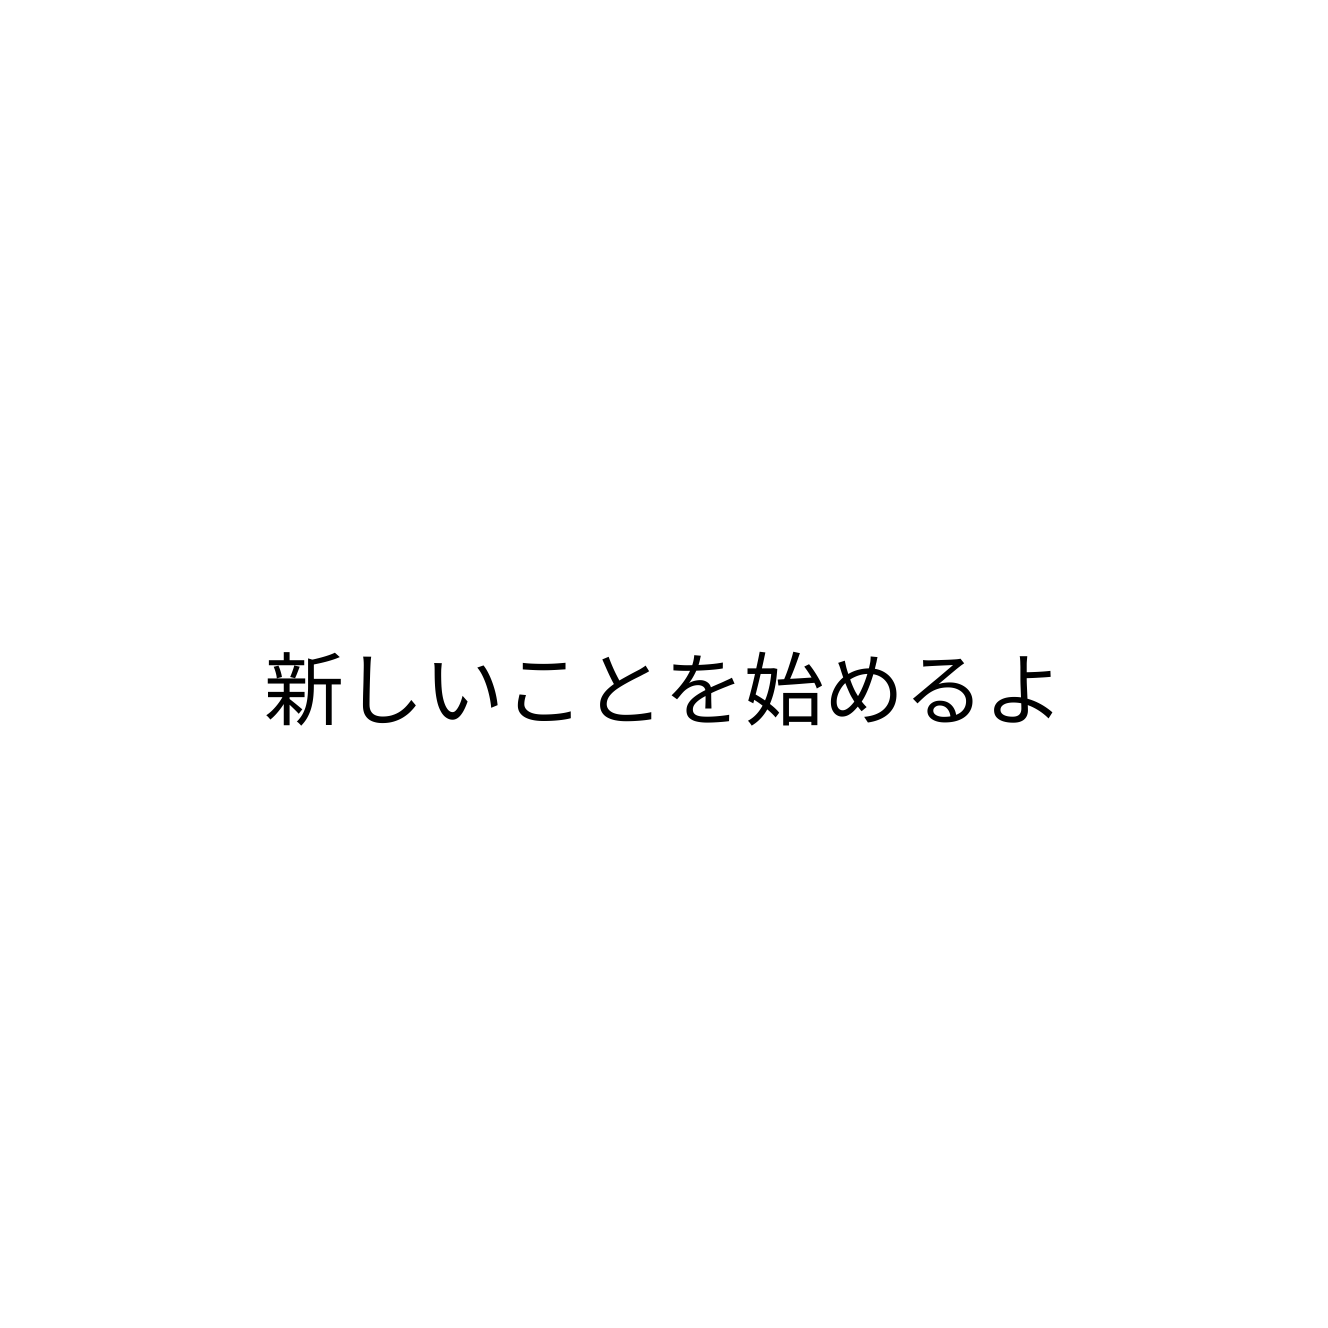
新しいことを始めるよ